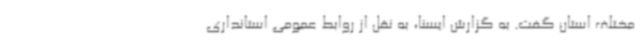
مختلف استان گفت. به گزارش ایسنا، به نقل از روابط عمومی استانداری